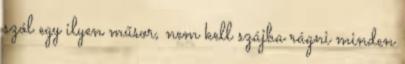
szól egy ilyen műsor, nem kell szájba rágni minden